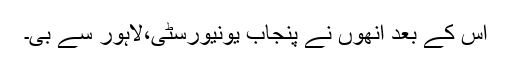
اس کے بعد انھوں نے پنجاب یونیورسٹی،لاہور سے بی۔